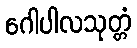
ဂေါပါလသုတ္တံ